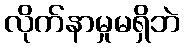
လိုက်နာမှုမရှိဘဲ